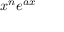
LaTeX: x ^ { n } e ^ { a x }